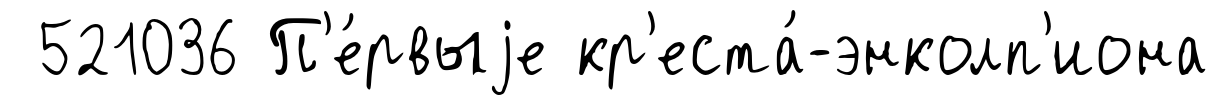
521036 П'е́рвыjе кр'еста́-энколп'иона